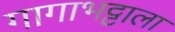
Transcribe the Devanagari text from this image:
गागाभट्टाला